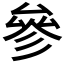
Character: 參